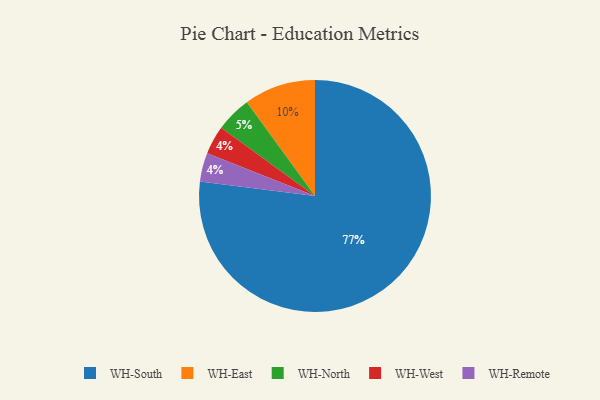
{"axis": {"x": "Category", "y": "Percentage"}, "legend": ["WH-East", "WH-North", "WH-Remote", "WH-South", "WH-West"], "data": [{"x": "WH-East", "y": 10, "type": "WH-East"}, {"x": "WH-West", "y": 4, "type": "WH-West"}, {"x": "WH-North", "y": 5, "type": "WH-North"}, {"x": "WH-South", "y": 77, "type": "WH-South"}, {"x": "WH-Remote", "y": 4, "type": "WH-Remote"}]}